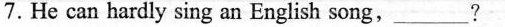
7. He can hardly sing an English song, ___?